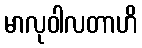
မာလုဝါလတာဟိ